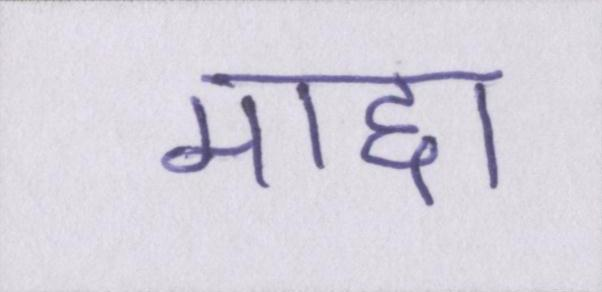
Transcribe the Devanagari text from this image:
माद्दा